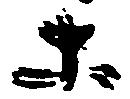
等